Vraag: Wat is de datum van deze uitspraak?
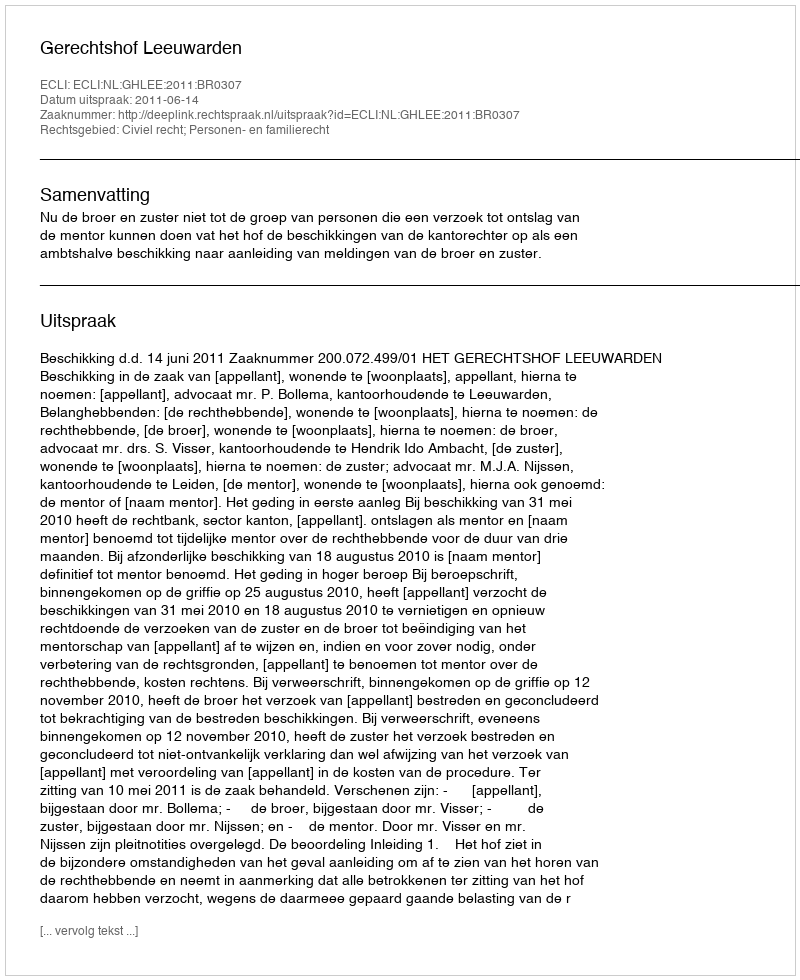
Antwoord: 2011-06-14